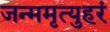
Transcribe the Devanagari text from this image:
जन्ममृत्युहरं